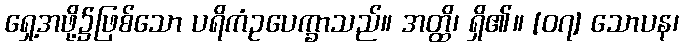
ရှေ့အဖို့၌ဖြစ်သော ပရိကံဥပေက္ခာသည်။ အတ္ထိ၊ ရှိ၏။ [၀၇] သောပန၊